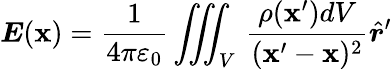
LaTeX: {\boldsymbol{E}}({\boldsymbol{\mathbf{x}}})={\frac{{1}}{{4\pi\varepsilon_{0}}}}\iiint_{V}\, {\frac{{\rho({\boldsymbol{\mathbf{x}}}^{\prime})dV}}{{({\boldsymbol{\mathbf{x}}}^{\prime}-{\boldsymbol{\mathbf{x}}})^{2}}}}{\hat{{\boldsymbol{r}}}}^{\prime}